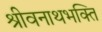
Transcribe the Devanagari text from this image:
श्रीवनाथभक्ति